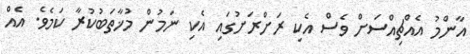
އާންމު އެއްޗިއްސަށް ވެސް އެކި ރަށްރަށުގައި އެކި ނަމުން މުޚާތަބުކުރާ ކަމެވެ. އެއް